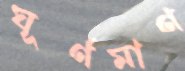
ঘূর্ণমাণ